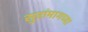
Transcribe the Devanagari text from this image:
सुरांमागच्या